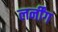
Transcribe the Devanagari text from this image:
लर्नींग